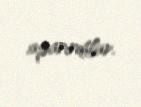
aparırdılar.